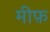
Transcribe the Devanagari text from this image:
मीफ़